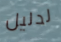
لدليل